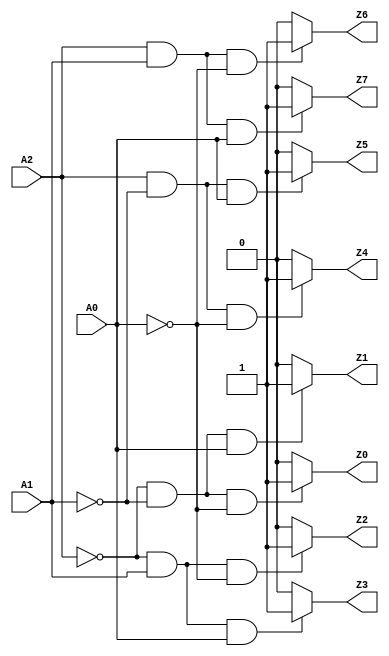
module decoder3 (input A2, A1, A0, output Z0, Z1, Z2, Z3, Z4, Z5, Z6, Z7);
	assign Z0 = (~A2 & ~A1 & ~A0) ? 1'b1 : 1'b0;
	assign Z1 = (~A2 & ~A1 & A0) ? 1'b1 : 1'b0;
	assign Z2 = (~A2 & A1 & ~A0) ? 1'b1 : 1'b0;
	assign Z3 = (~A2 & A1 & A0) ? 1'b1 : 1'b0;
	assign Z4 = (A2 & ~A1 & ~A0) ? 1'b1 : 1'b0;
	assign Z5 = (A2 & ~A1 & A0) ? 1'b1 : 1'b0;
	assign Z6 = (A2 & A1 & ~A0) ? 1'b1 : 1'b0;
	assign Z7 = (A2 & A1 & A0) ? 1'b1 : 1'b0;
endmodule